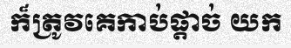
ក៏ត្រូវគេកាប់ផ្តាច់ យក